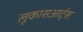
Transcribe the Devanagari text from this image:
लूकासआर्ट्स